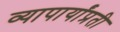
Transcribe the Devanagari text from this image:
व्यापार्यांप्रती